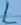
Text: L